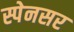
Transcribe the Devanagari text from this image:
स्पेनसर